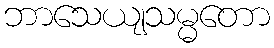
ဘာသေယျသမ္မတော